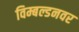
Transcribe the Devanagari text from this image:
विम्बल्डनवर